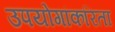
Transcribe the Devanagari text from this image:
उपयोगांकरिता